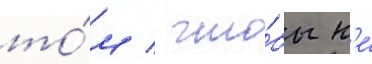
то́м / что́бы н'е́